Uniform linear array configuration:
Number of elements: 12
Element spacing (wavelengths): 0.75
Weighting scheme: hamming
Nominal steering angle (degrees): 30
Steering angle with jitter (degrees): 30.307
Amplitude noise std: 0.05
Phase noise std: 0.05

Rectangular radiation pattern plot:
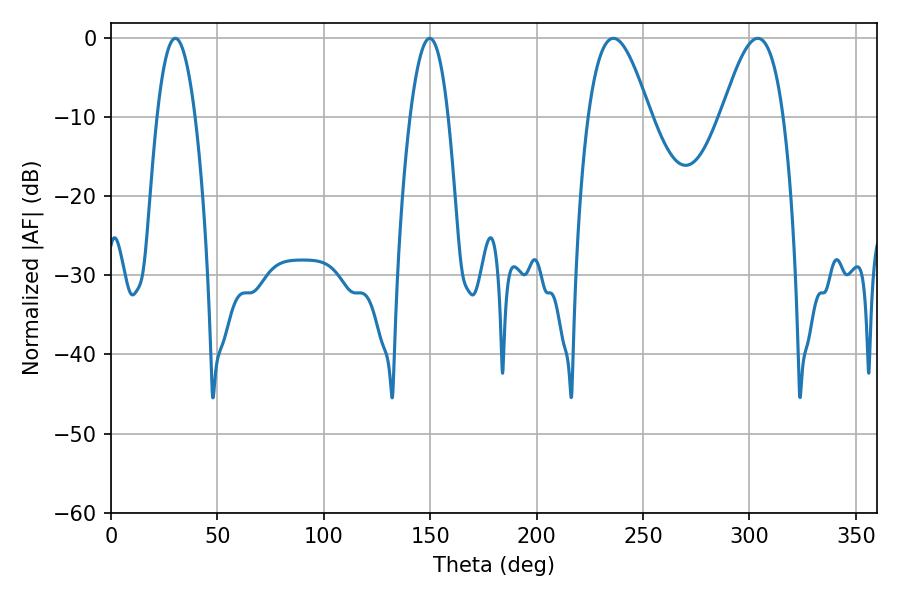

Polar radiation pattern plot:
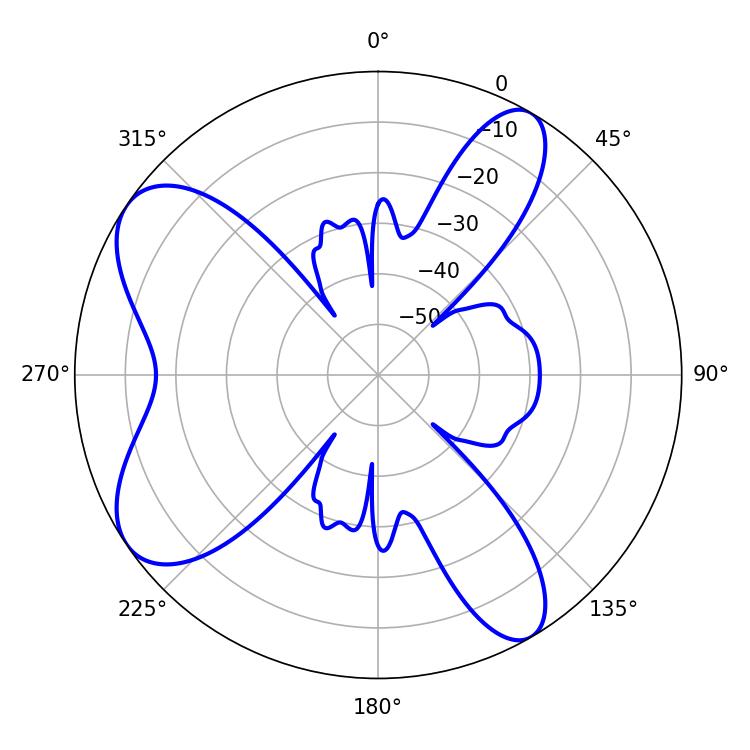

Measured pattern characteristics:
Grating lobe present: TRUE
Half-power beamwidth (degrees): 9.9
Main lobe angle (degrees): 30.24